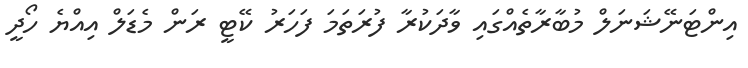
އިންޓަނޭޝަނަލް މުބާރާތެއްގައި ވާދަކުރާ ފުރަތަމަ ފަހަރު ކޭޓީ ރަން މެޑަލް އިއްޔެ ހޯދީ